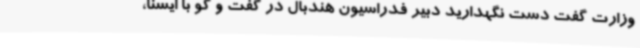
وزارت گفت دست نگهدارید دبیر فدراسیون هندبال در گفت و گو با ایسنا،